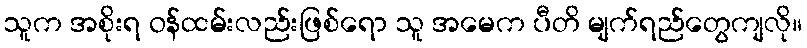
သူက အစိုးရ ဝန်ထမ်းလည်းဖြစ်ရော သူ အမေက ပီတိ မျက်ရည်တွေကျလို။